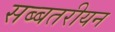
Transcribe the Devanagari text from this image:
सब्बतरीयन